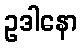
ဥဒါနော